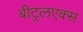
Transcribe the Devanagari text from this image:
बीट्रलएक्स